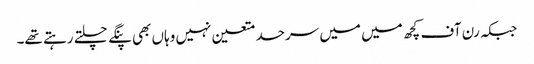
جبکہ رن آف کچھ میں میں سرحد متعین نہیں وہاں بھی پنگے چلتے رہتے تھے۔